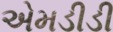
એમડીડી